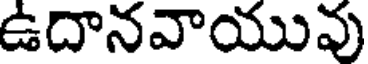
ఉదానవాయువు